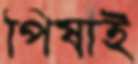
পিষাই